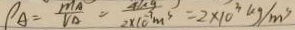
\rho _ { A } = \frac { m _ { A } } { V _ { A } } = \frac { 4 k y } { 2 \times 1 0 ^ { - 7 } m ^ { 3 } } = 2 \times 1 0 ^ { 3 } k g / m ^ { 3 }